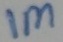
Text: 1M